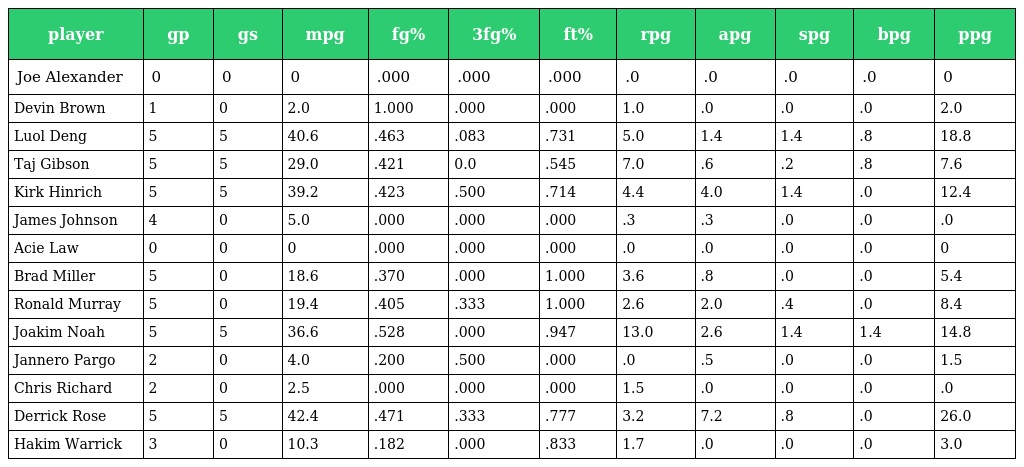
| player | gp | gs | mpg | fg% | 3fg% | ft% | rpg | apg | spg | bpg | ppg |
 | --- | --- | --- | --- | --- | --- | --- | --- | --- | --- | --- | --- |
 | Joe Alexander | 0 | 0 | 0 | .000 | .000 | .000 | .0 | .0 | .0 | .0 | 0 |
 | Devin Brown | 1 | 0 | 2.0 | 1.000 | .000 | .000 | 1.0 | .0 | .0 | .0 | 2.0 |
 | Luol Deng | 5 | 5 | 40.6 | .463 | .083 | .731 | 5.0 | 1.4 | 1.4 | .8 | 18.8 |
 | Taj Gibson | 5 | 5 | 29.0 | .421 | 0.0 | .545 | 7.0 | .6 | .2 | .8 | 7.6 |
 | Kirk Hinrich | 5 | 5 | 39.2 | .423 | .500 | .714 | 4.4 | 4.0 | 1.4 | .0 | 12.4 |
 | James Johnson | 4 | 0 | 5.0 | .000 | .000 | .000 | .3 | .3 | .0 | .0 | .0 |
 | Acie Law | 0 | 0 | 0 | .000 | .000 | .000 | .0 | .0 | .0 | .0 | 0 |
 | Brad Miller | 5 | 0 | 18.6 | .370 | .000 | 1.000 | 3.6 | .8 | .0 | .0 | 5.4 |
 | Ronald Murray | 5 | 0 | 19.4 | .405 | .333 | 1.000 | 2.6 | 2.0 | .4 | .0 | 8.4 |
 | Joakim Noah | 5 | 5 | 36.6 | .528 | .000 | .947 | 13.0 | 2.6 | 1.4 | 1.4 | 14.8 |
 | Jannero Pargo | 2 | 0 | 4.0 | .200 | .500 | .000 | .0 | .5 | .0 | .0 | 1.5 |
 | Chris Richard | 2 | 0 | 2.5 | .000 | .000 | .000 | 1.5 | .0 | .0 | .0 | .0 |
 | Derrick Rose | 5 | 5 | 42.4 | .471 | .333 | .777 | 3.2 | 7.2 | .8 | .0 | 26.0 |
 | Hakim Warrick | 3 | 0 | 10.3 | .182 | .000 | .833 | 1.7 | .0 | .0 | .0 | 3.0 |